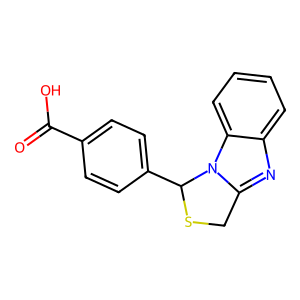
SMILES: O=C(O)c1ccc(C2SCc3nc4ccccc4n32)cc1
Inhibits HIV replication: No